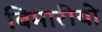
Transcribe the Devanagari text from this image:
बिमारीयो